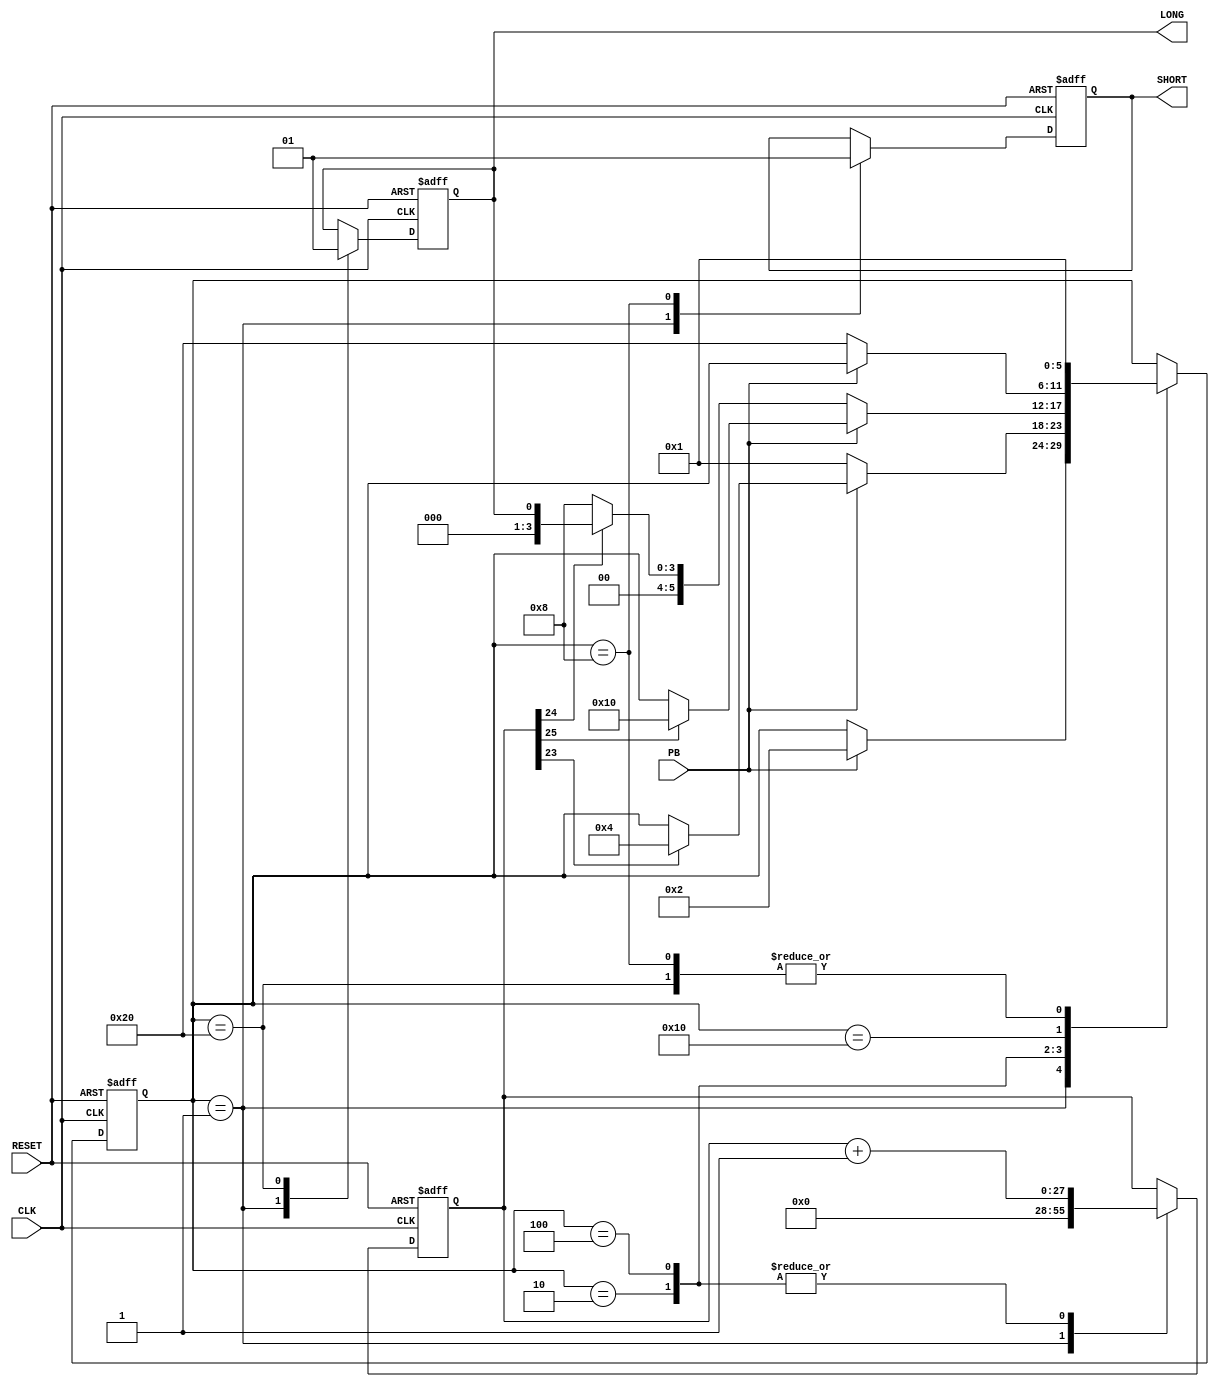
module button_sm(input CLK, input RESET, input PB, output SHORT, output LONG
    );
	 
reg [5:0] state;
reg [27:0] counter;
reg [0:0] short_reg;
reg [0:0] long_reg;

assign SHORT = short_reg;
assign LONG = long_reg;

localparam
	INI	= 6'b000001,
	WAIT = 6'b000010,
	BP = 6'b000100,
	SHORT_STATE = 6'b001000,
	LONGWAIT = 6'b010000,
	LONG_STATE = 6'b100000;

always @(posedge CLK, posedge RESET)
	begin
		if(RESET)
			begin
				state <= INI;
				short_reg <= 1'b0;
				long_reg <= 1'b0; 
				counter <= 28'b0000000000000000000000000000;
			end
		else 
		begin
			case (state)
				INI: begin
					//RTL
					short_reg <= 1'b0;
					long_reg <= 1'b0;
					counter <= 28'b0000000000000000000000000000;

					//NSL
					if(PB)
						begin
							state <= WAIT;
						end
				end

				WAIT: begin
					//RTL
					counter <= counter + 1;

					//NSL
					if(!PB)
						begin
							state <= INI;
						end
					else if (counter[23]) 
						begin
							state <= BP;
						end
				end

				BP: begin
					//RTL
					counter <= counter + 1;

					//NSL
					if(PB)
						begin
							if(counter[25])
								begin
									state <= LONGWAIT;
								end
						end
					else //if !PB
						begin
							if(counter[24])
								begin
									state <= LONG;
								end
							else
								begin
									state <= SHORT_STATE;
								end
						end
				end

				SHORT_STATE: begin
					//RTL
					short_reg <= 1'b1;

					//NSL
					state <= INI;
					
				end

				LONGWAIT: begin
					//NSL
					if(!PB)
					 	begin
					 		state <= LONG_STATE;
					 	end
				end

				LONG_STATE: begin
					//RTL
					long_reg <= 1'b1;

					//NSL
					state <= INI;
				end
				
			endcase
		end
	end

endmodule